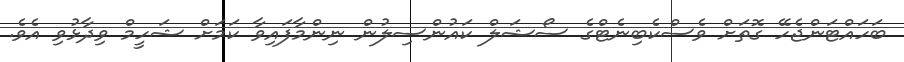
ބަހައްޓަންޖެހޭ ގޮތަށް ވެސްކެބިނެޓްގެ ސޯޝަލް ކައުންސިލުން ނިންމާފައިވާ ކަމަށް ޝަހީމް ވިދާޅުވި އެވެ.